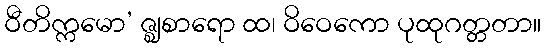
ဝီတိက္ကမော’ ဇ္ဈစာရော ထ၊ ဝိဝေကော ပုထုဂတ္တတာ။